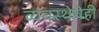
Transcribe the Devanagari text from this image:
व्यवस्थेचेही